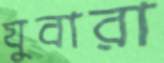
যুবারা